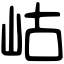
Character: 岵